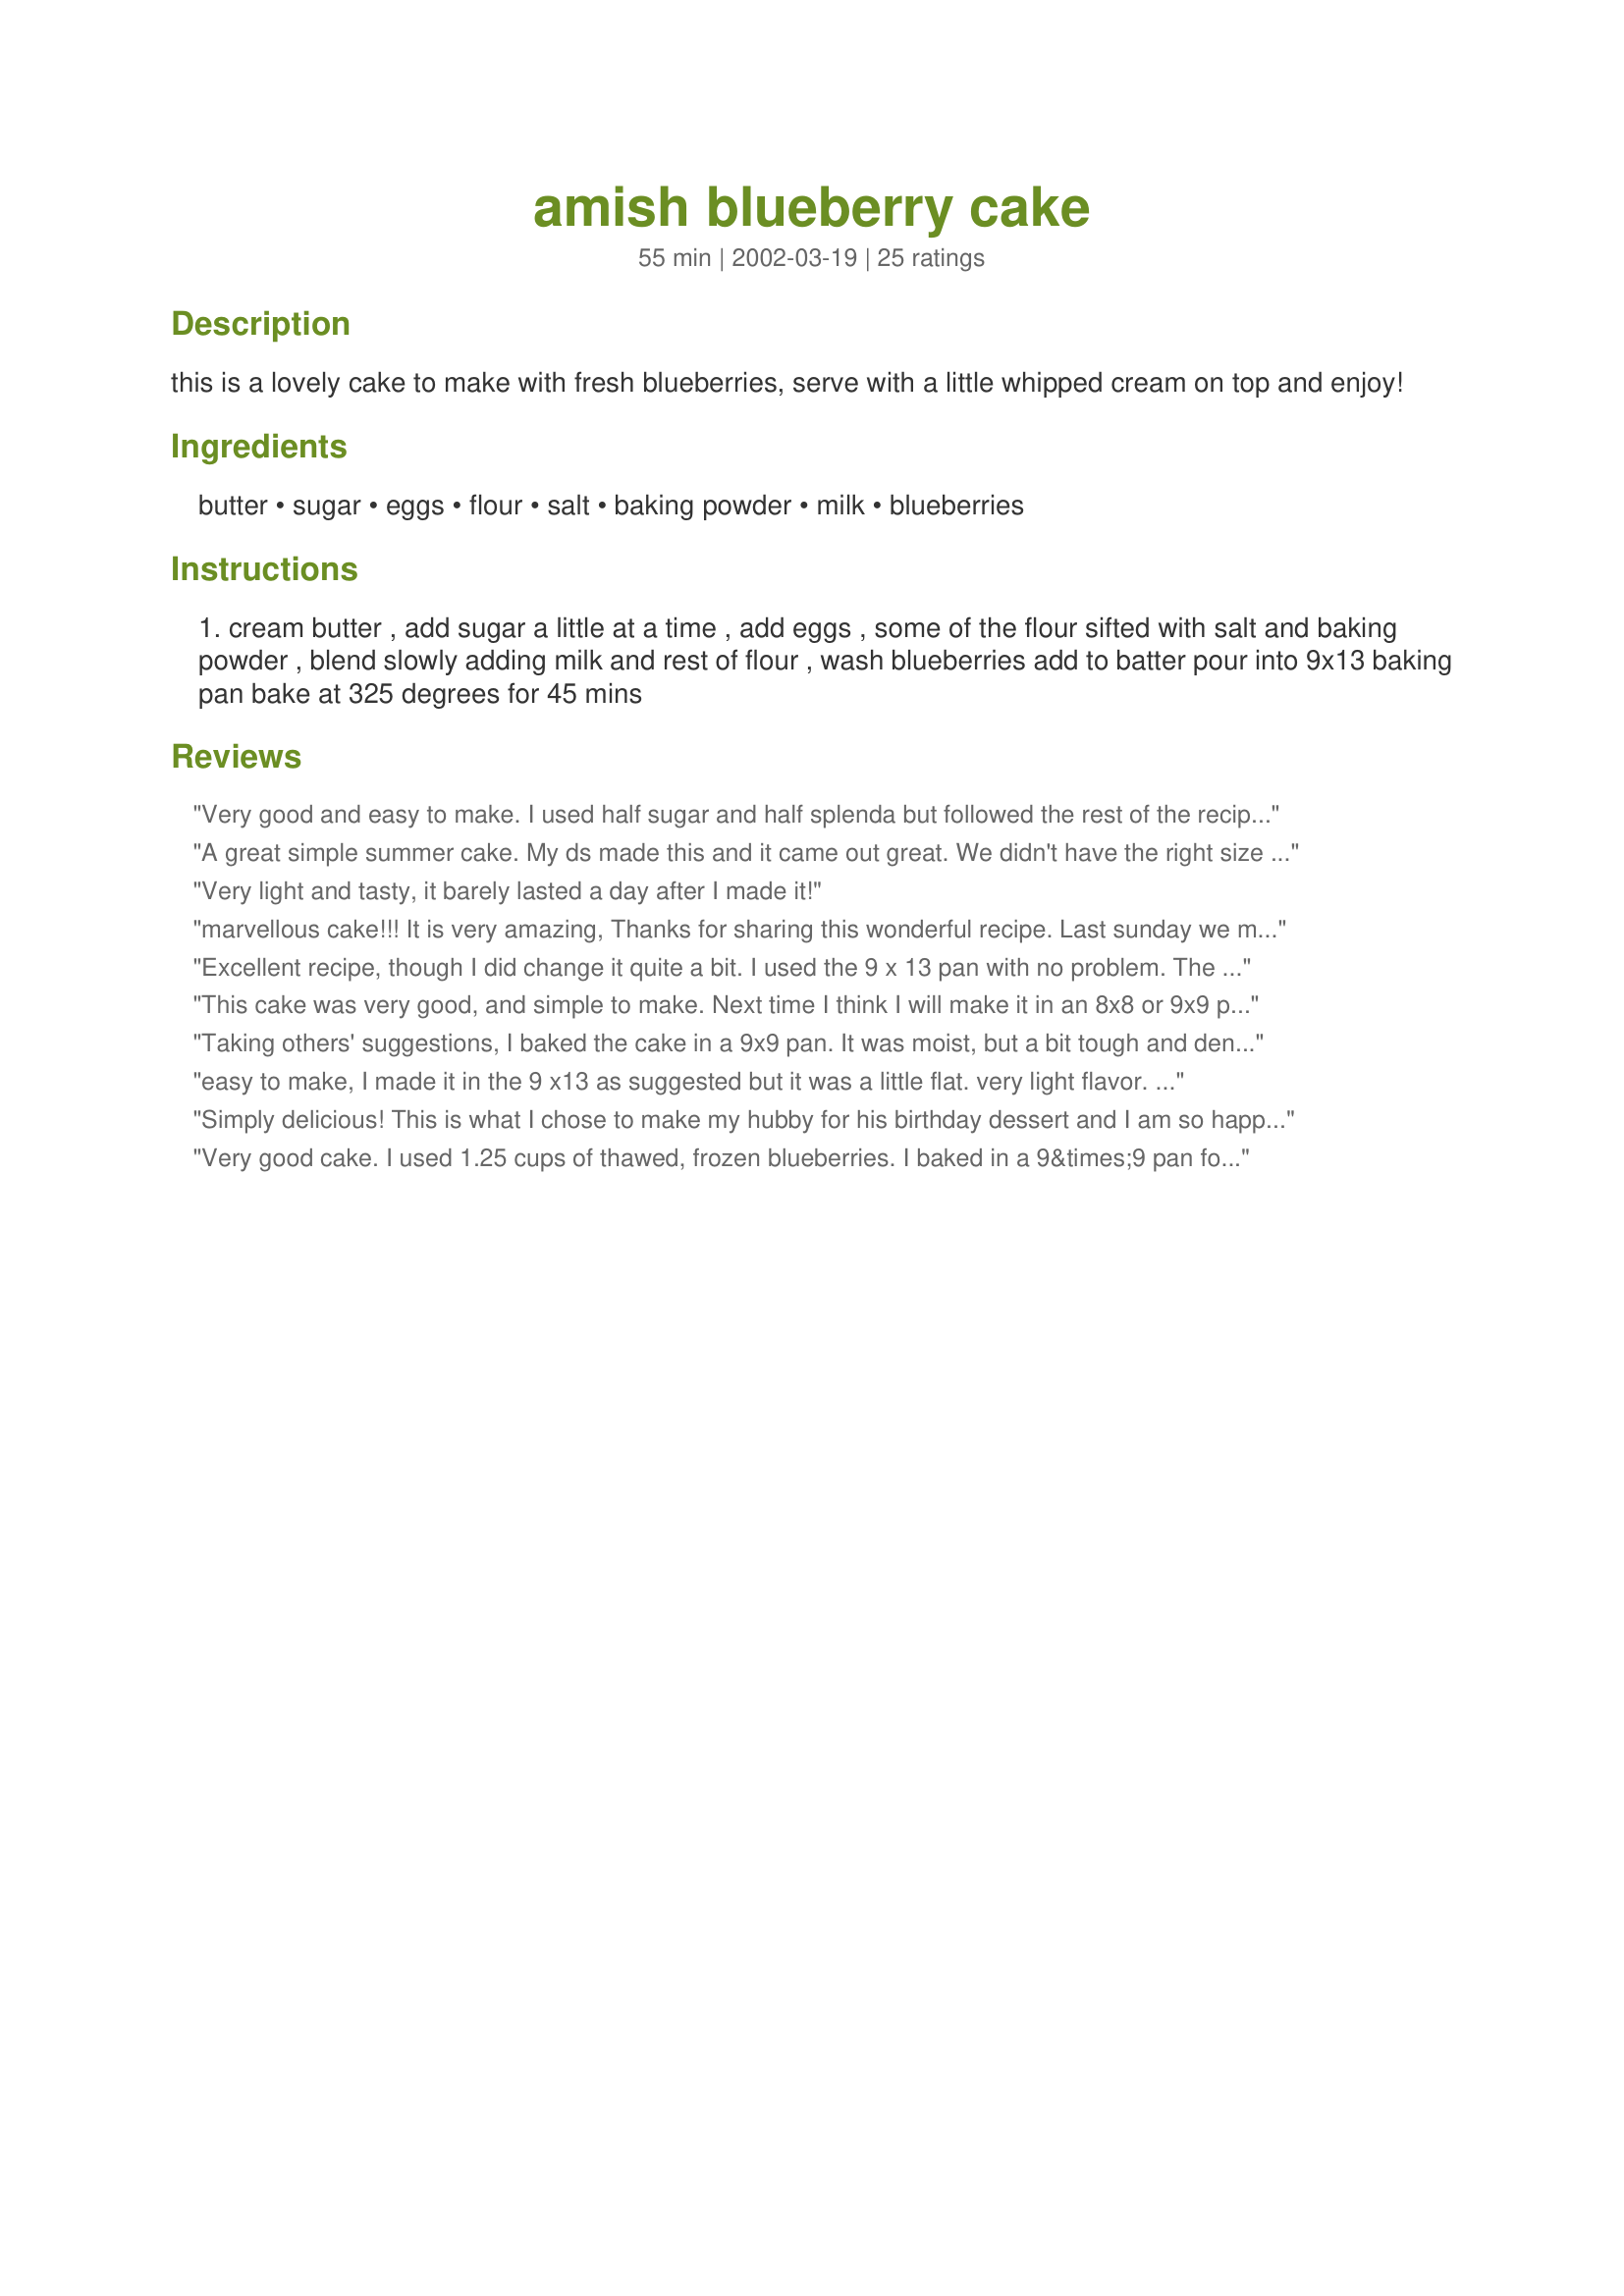
amish blueberry cake
Preparation time: 55 minutes

this is a lovely cake to make with fresh blueberries, serve with a little whipped cream on top and enjoy!

Ingredients:
butter, sugar, eggs, flour, salt, baking powder, milk, blueberries

Steps:
cream butter , add sugar a little at a time , add eggs , some of the flour sifted with salt and baking powder , blend slowly adding milk and rest of flour , wash blueberries add to batter pour into 9x13 baking pan bake at 325 degrees for 45 mins

Reviews:
Very good and easy to make. I used half sugar and half splenda but followed the rest of the recipe as written. Mine cooked in 35 minutes. Next time I would cut up the blueberries so they would be all through the cake. Most of them sunk to the bottom but it was still really good.
A great simple summer cake. My ds made this and it came out great. We didn't have the right size pan, so we used an 8" x 8", increasing the cooking time to 50 minutes and had no problems. This no-fuss cake would be a good addition to picnics and cookouts.
Very light and tasty, it barely lasted a day after I made it!
marvellous cake!!! It is very amazing, Thanks for sharing this wonderful recipe. Last sunday we made this cake, All children became very happy after taking it. Thanks alot!!!!!!!!!! http://www.cakengifts.in/cake-delivery-in-delhi
Excellent recipe, though I did change it quite a bit. I used the 9 x 13 pan with no problem. The batter was light and fluffy. The finished cake was awesome. I frosted with homemade buttercream frosting for a new birthday favorite for hubby. It was even better after sitting in the fridge overnight. Thanks!
This cake was very good, and simple to make. Next time I think I will make it in an 8x8 or 9x9 pan, as I thought it was a bit flat in the 9x13. This cake does not need frosting, but I sprinkled it with some vanilla powdered sugar - yummy! Thanks for posting!
-M :-)
Taking others' suggestions, I baked the cake in a 9x9 pan. It was moist, but a bit tough and dense, almost muffin-like (I stirred only until moist, so I don't think I overmixed.) I was expecting a lighter texture. I won't be making this again.
easy to make, I made it in the 9 x13 as suggested but it was a little flat. very light flavor. my husband says it needs more berries - will try that next time. the recipe didn&#039;t say whether to grease the pan, so I did, to be on the safe side.
Simply delicious! This is what I chose to make my hubby for his birthday dessert and I am so happy I did (so is he :D).
Very good cake. I used 1.25 cups of thawed, frozen blueberries. I baked in a 9&times;9 pan for 45 min. Turned out great. Be sure to allow to cool for at least 30 min.
This was easy to make and great to eat. We used the smaller pan/longer cooking time as suggested and it worked fine. We were kind of disappointed that the blueberries all went to the bottom though that didn't slow us down from gobbling it down.
yum, this was good. Just served with a little powdered sugar.
YUM!

I made this with 1/2 brown sugar as I ran out of white - good tip Annie :).

Very very easy to make. I sprinkled the top with a little brown sugar as well which made a lovely crunchy topping.
Great cake! Does not, in my opinion need any whipped cream topping! I made it in a small (8x8) pan. Texture was smooth and light. The smaller pan made for a denser, thicker cake (just cut smaller pieces!). Will try it in an oblong pan next time. Thanks for the post!
Mmmmm good!! Simple ingredients - but a DELICIOUS cake!! Thanks!
10 stars!!! Wow, I took this to work and everyone loved it! I doubled the recipe and made it in a 9x13 pan- the cake rose to the very top of the pan! It was heavy too; I thought I would have so much left over but it was empty by lunchtime! I used a few tablespoons less butter and didn't miss it. It is kind of the texture of muffins but I think the flavor is like sugar cookies.
I followed the recipe except I used a 8x11 pan which came out perfectly baking for 40 minutes.

I let it cool for about 30 minutes and while the cake is still warm we put whipped cream on the side of our plates. 

We can stopped eating it!

This was a very easy fast deliscious cake!

Thank you for sharing.
A lovely tea cake and very simple to make! I originally wanted to make cupcakes, but after one pan decided this was not the recipe to use. Used left over batter in 8-inch round. Thanks for a yummy side for afternoon tea.
I made this tasty cake for my dh's birthday. We enjoyed this light, fluffy, moist, tender, flavorful cake very much. It was quick and easy to make, just perfect, it didn't need anything to embellish it. So good, we enjoyed it even more the next day...it had a deeper flavor. Thank you so much for sharing your treasure.
I wanted to use some fresh blueberries so I made this. It turned out just liked a mild cornbread with berries in it. (It was very light tasting, not too sweet, and had the consistency of cornbread.) I was looking for a dessert cake so it wasn't really what I wanted at the time. I would recommend it for someone who is looking for muffins or cornbread. If I were to try it again it would be as muffins with a nice streusel on top to go with tea. :)
Easy to make and Excellent to eat!
Absolutely awesome cake! My family loved it!! I also made this in a smaller pan (9x9). Highly recommend!!!!
I love this recipe, I also like to add a half cup of orange juice, and I reduce the amount of sugar by a quarter cup. I also add half teaspoon of vanilla powder. Try it. I know you’ll love it.
A simple, yet very tasty cake. It was marvelous with some cool whip & fresh blueberries on top.
I will be making this often!
Very nice cake! Made it exactly as directed except I ran out of sugar so I used 1/2 cup regular sugar & 1/2 cup brown sugar. I also put it in two loaf pans. Even with the brown sugar, it turned out great! Thanks for sharing. :)
